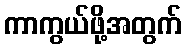
ကာကွယ်ဖို့အတွက်